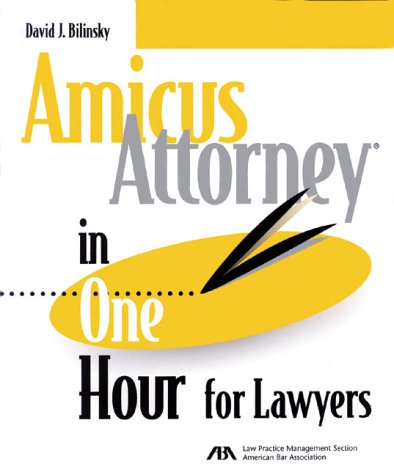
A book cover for Amicus Attorney in One Hour for Lawyers; David J. Bilinsky; Law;